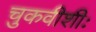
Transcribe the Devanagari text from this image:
चुकवीशीः